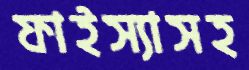
ফাইস্যাসহ